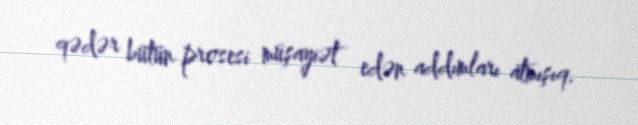
qədər bütün prosesi müşayiət edən addımları atmışıq.